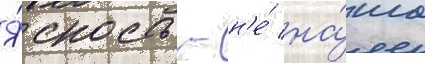
Я́сность - н'е́ на́ша